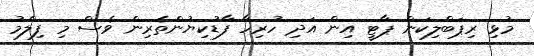
މުޅި ރިޕަބްލިކަން ޕާޓީ އިން އަދި ހުރިހާ ފާޑުކިޔުންތެރިން ވެސް މި ފިލްމު